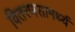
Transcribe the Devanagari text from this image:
वितरणसामर्थ्य